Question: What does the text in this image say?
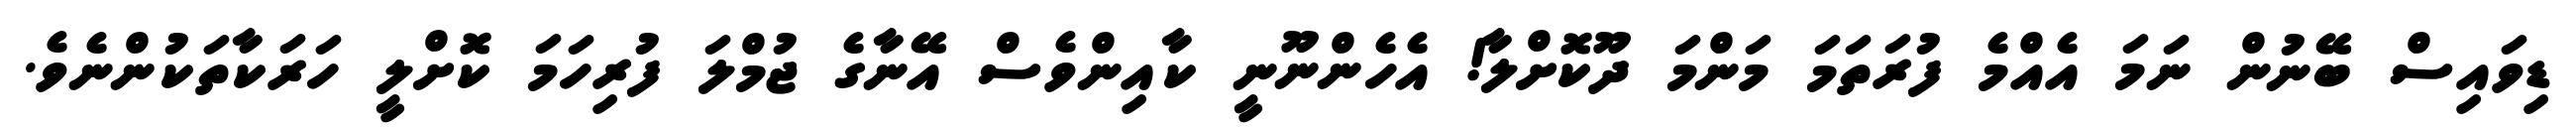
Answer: ޑިވައިސް ބޭނުން ނަމަ އެއްމެ ފުރަތަމަ މަންމަ ދޫކޮށްލާ! އެހެންނޫނީ ކާއިންވެސް އޭނާގެ ޖުމްލަ ފުރިހަމަ ކޮށްލީ ހަރަކާތަކުންނެވެ.